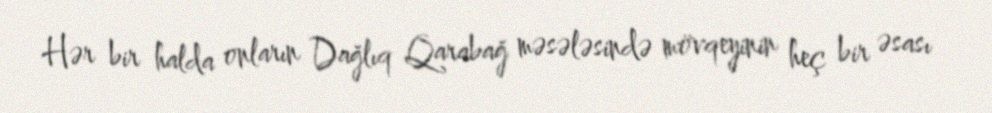
Hər bir halda onların Dağlıq Qarabağ məsələsində mövqeyinin heç bir əsası